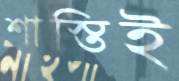
শাস্তিই